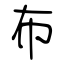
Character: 布